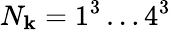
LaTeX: N_{\mathbf{k}}=1^{3}\dots4^{3}